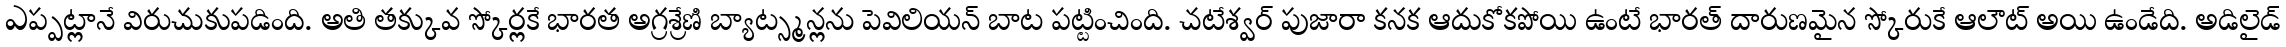
ఎప్పట్లానే విరుచుకుపడింది. అతి తక్కువ స్కోర్లకే భారత అగ్రశ్రేణి బ్యాట్స్మన్లను పెవిలియన్ బాట పట్టించింది. చటేశ్వర్ పుజారా కనక ఆదుకోకపోయి ఉంటే భారత్ దారుణమైన స్కోరుకే ఆలౌట్ అయి ఉండేది. అడిలైడ్